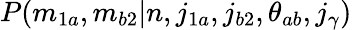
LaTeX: P(m_{1a},m_{b2}|n,j_{1a},j_{b2},\theta_{ab},j_{\gamma})